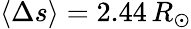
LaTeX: \langle\Delta s\rangle=2.44\, R_{\odot}